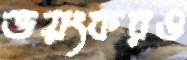
ভয়ংকরও